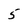
Character: 5